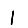
Digit: 1